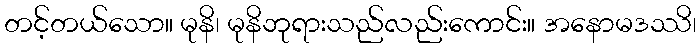
တင့်တယ်သော။ မုနိ၊ မုနိဘုရားသည်လည်းကောင်း။ အနောမဒဿိ၊